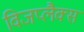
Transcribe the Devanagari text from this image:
विजप्लैक्स